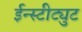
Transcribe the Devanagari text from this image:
ईन्स्टीट्युट